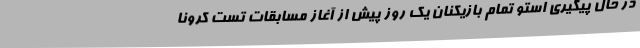
در حال پیگیری استو تمام بازیکنان یک روز پیش از آغاز مسابقات تست کرونا